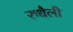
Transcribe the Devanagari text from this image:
रुधैली